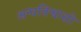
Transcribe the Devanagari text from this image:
अन्धविश्वासो